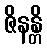
ဇိနန္တိ